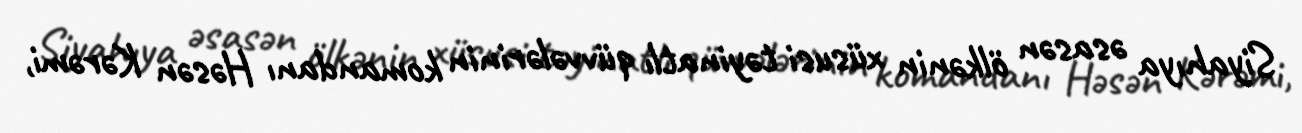
Siyahıya əsasən ölkənin xüsusi təyinatlı qüvvələrinin komandanı Həsən Kərəmi,